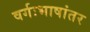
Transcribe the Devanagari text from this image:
वर्गःभाषांतर